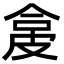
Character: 㿯